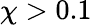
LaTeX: \chi>0.1